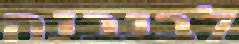
לבנבנה